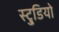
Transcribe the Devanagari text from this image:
स्टु्डियो